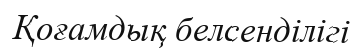
Қоғамдық белсенділігі